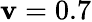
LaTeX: \mathbf{v}=0.7